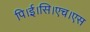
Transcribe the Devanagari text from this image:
पि।ई।सि।एच।एस